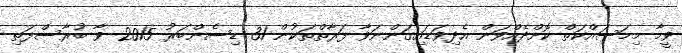
ވީމާ މިމަސައްކަތް ކޮށްދެއްވަން އެދިވަޑައިގަންނަވާ ފަރާތްތަކުން 31 ޑިސެންބަރު 2015 ވާ ބުރާސްފަތި